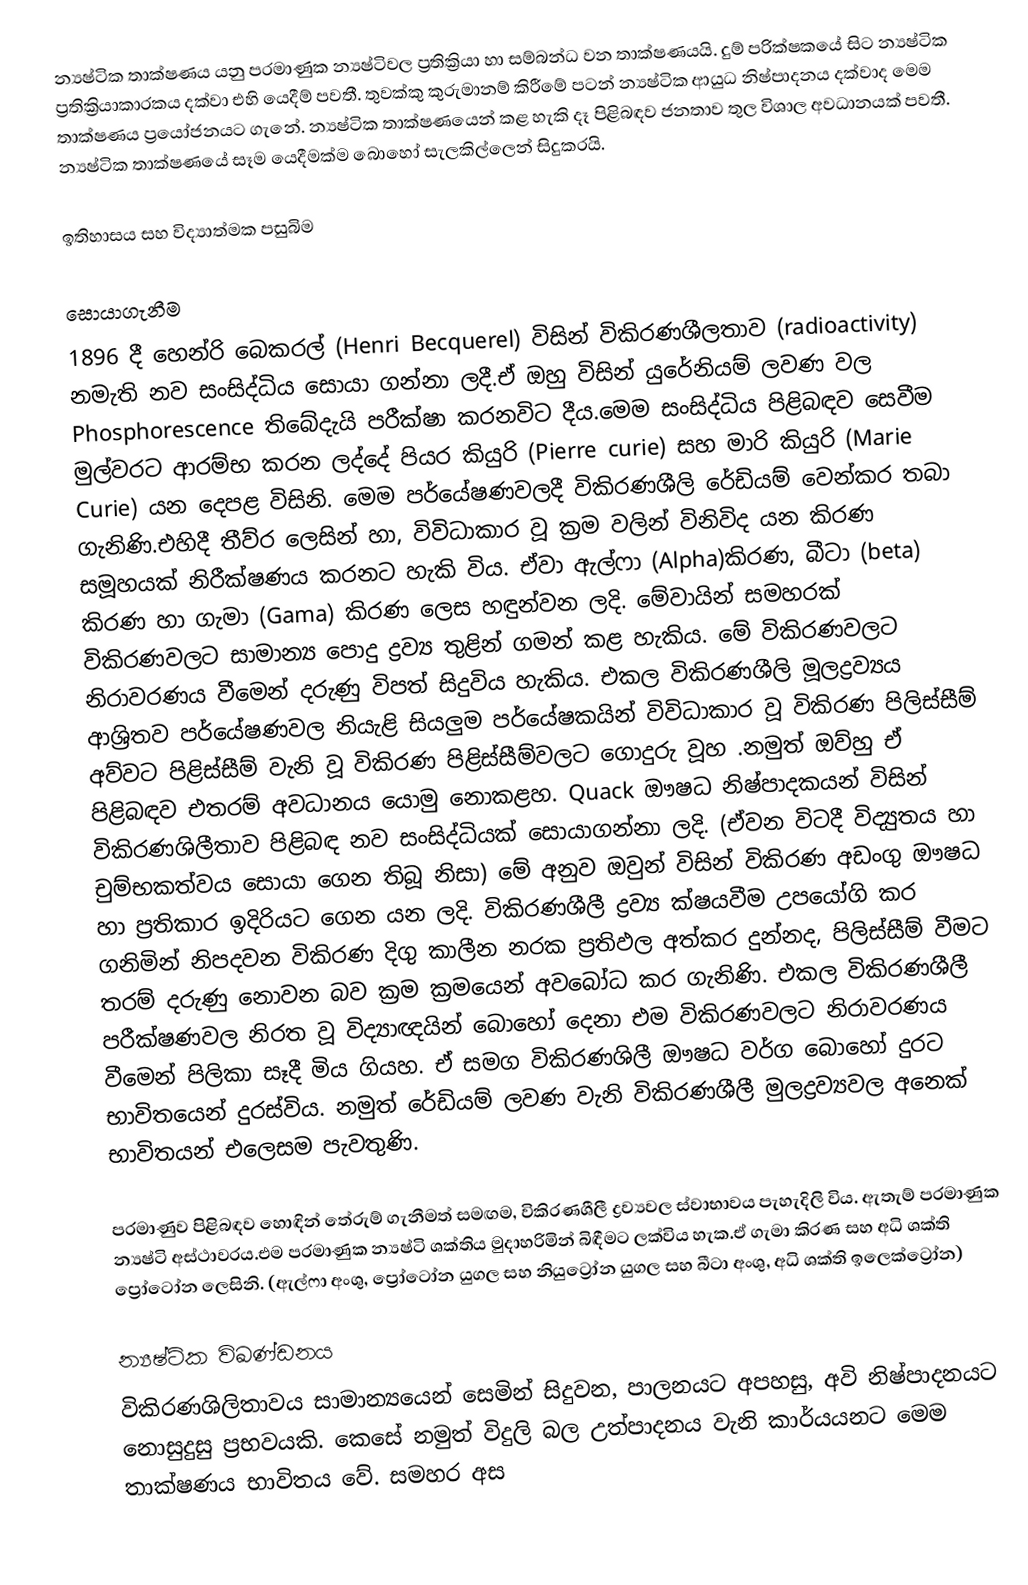
න්‍යෂ්ටික තාක්ෂණය යනු පරමාණුක න්‍යෂ්ටිවල ප්‍රතික්‍රියා හා සම්බන්ධ වන තාක්ෂණයයි. දුම් පරික්ෂකයේ සිට න්‍යෂ්ටික ප්‍රතික්‍රියාකාරකය දක්වා එහි යෙදීම් පවතී. තුවක්කු කුරුමානම් කිරීමේ පටන්  න්‍යෂ්ටික ආයුධ නිෂ්පාදනය දක්වාද මෙම තාක්ෂණය  ප්‍රයෝජනයට ගැනේ. න්‍යෂ්ටික තාක්ෂණයෙන් කළ හැකි දෑ පිළිබඳව ජනතාව තුල විශාල අවධානයක් පවතී. න්‍යෂ්ටික තාක්ෂණයේ සෑම යෙදීමක්ම ‍බොහෝ සැලකිල්ලෙන් සිදුකරයි.

ඉතිහාසය සහ විද්‍යාත්මක පසුබිම

සොයාගැනීම
1896 දී හෙන්රි බෙකරල් (Henri Becquerel) විසින් විකිරණශීලතාව (radioactivity) නමැති නව සංසිද්ධිය සොයා ගන්නා ලදී.ඒ ඔහු විසින් යුරේනියම් ලවණ වල Phosphorescence තිබේදැයි පරීක්ෂා කරනවිට දීය.මෙම සංසිද්ධිය පිළිබඳව සෙවීම මුල්වරට ආරම්භ කරන ලද්දේ පියර කියුරි (Pierre curie) සහ මාරි කියුරි (Marie Curie) යන දෙපළ විසිනි. මෙම පර්යේෂණවලදී විකිරණශීලි රේඩියම් වෙන්කර තබා ගැනිණි.එහිදී  තීව්ර ලෙසින් හා, විවිධාකාර වූ ක්‍රම වලින් විනිවිද යන කිරණ සමූහයක් නිරීක්ෂණය කරනට හැකි  විය. ඒවා ඇල්ෆා (Alpha)කිරණ, බීටා (beta) කිරණ හා ගැමා (Gama) කිරණ ලෙස හඳුන්වන ලදි. මේවායින් සමහරක් විකිරණවලට සාමාන්‍ය පොදු ද්‍රව්‍ය තුළින් ගමන් කළ හැකිය. මේ විකිරණවලට නිරාවරණය වීමෙන් දරුණු විපත් සිදුවිය හැකිය. එකල විකිරණශීලි මූලද්‍රව්‍යය ආශ්‍රිතව පර්යේෂණවල නියැළි සියලුම පර්යේෂකයින් විවිධාකාර වූ විකිරණ පිලිස්සීම් අව්වට පිළිස්සීම් වැනි වූ විකිරණ පිළිස්සීම්වලට ගොදුරු වූහ .නමුත් ඔව්හු ඒ පිළිබඳව එතරම් අවධානය යොමු නොකළහ. Quack ඖෂධ නිෂ්පාදකයන් විසින් විකිරණශිලීතාව පිළිබඳ නව සංසිද්ධියක් සොයාගන්නා ලදි. (ඒවන විටදී විද්‍යුතය හා චුම්භකත්වය සොයා ගෙන තිබූ නිසා) මේ අනුව ඔවුන් විසින් විකිරණ අඩංගු ඖෂධ හා ප්‍රතිකාර ඉදිරියට ගෙන යන ලදි. විකිරණශීලී ද්‍රව්‍ය ක්ෂයවීම උපයෝගි කර ගනිමින් නිපදවන විකිරණ දිගු කාලීන නරක ප්‍රතිඵල අත්කර දුන්නද, පිලිස්සීම් වීමට තරම් දරුණු නොවන බව ක්‍රම ක්‍රමයෙන් අවබෝධ කර ගැනිණි. එකල විකිරණශීලී පරීක්ෂණවල නිරත වූ විද්‍යාඥයින් බොහෝ ‍දෙනා එම විකිරණවලට නිරාවරණය වීමෙන් පිලිකා සෑදී මිය ගියහ. ඒ සමග විකිරණශිලී ඖෂධ වර්ග බොහෝ දුරට භාවිතයෙන් දුරස්විය. නමුත් රේඩියම් ලවණ වැනි විකිරණශීලී මුලද්‍රව්‍යවල අනෙක් භාවිතයන් එලෙසම පැවතුණි.

පරමාණුව පිළිබඳව හොඳින් තේරුම් ගැනීමත් සමඟම, විකිරණශීලී ද්‍රව්‍යවල ස්වාභාවය පැහැදිලි විය. ඇතැම් පරමාණුක න්‍යෂ්ටි අස්ථාවරය.එම පරමාණුක න්‍යෂ්ටි ශක්තිය මුදාහරිමින් බිඳීමට ලක්විය හැක.ඒ ගැමා කිරණ සහ අධි ශක්ති ප්‍රෝටෝන ලෙසිනි. (ඇල්ෆා අංශු, ප්‍රෝටෝන යුගල සහ නියුට්‍රෝන යුගල සහ බීටා අංශු, අධි ශක්ති ඉලෙක්ට්‍රෝන)

න්‍යෂ්ටික විඛණ්ඩනය
විකිරණශිලිතාවය සාමාන්‍යයෙන් සෙමින් සිදුවන, පාලනයට අපහසු, අවි නිෂ්පාදනයට නොසුදුසු ප්‍රභවයකි. කෙසේ නමුත් විදුලි බල උත්පාදනය වැනි කාර්යයනට මෙම තාක්ෂණය භාවිතය  වේ. සමහර අස